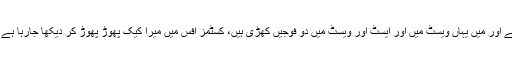
دو ویت نام، دو جرمنی، دو جہان… میری ماں ایسٹ میں ہے اور میں یہاں ویسٹ میں اور ایسٹ اور ویسٹ میں دو فوجیں کھڑی ہیں، کسٹمز آفس میں میرا کیک پھوڑ پھوڑ کر دیکھا جارہا ہے جو میں نے اپنی ماں کو اس کی سویں سالگرہ پر بھیجا ہے۔